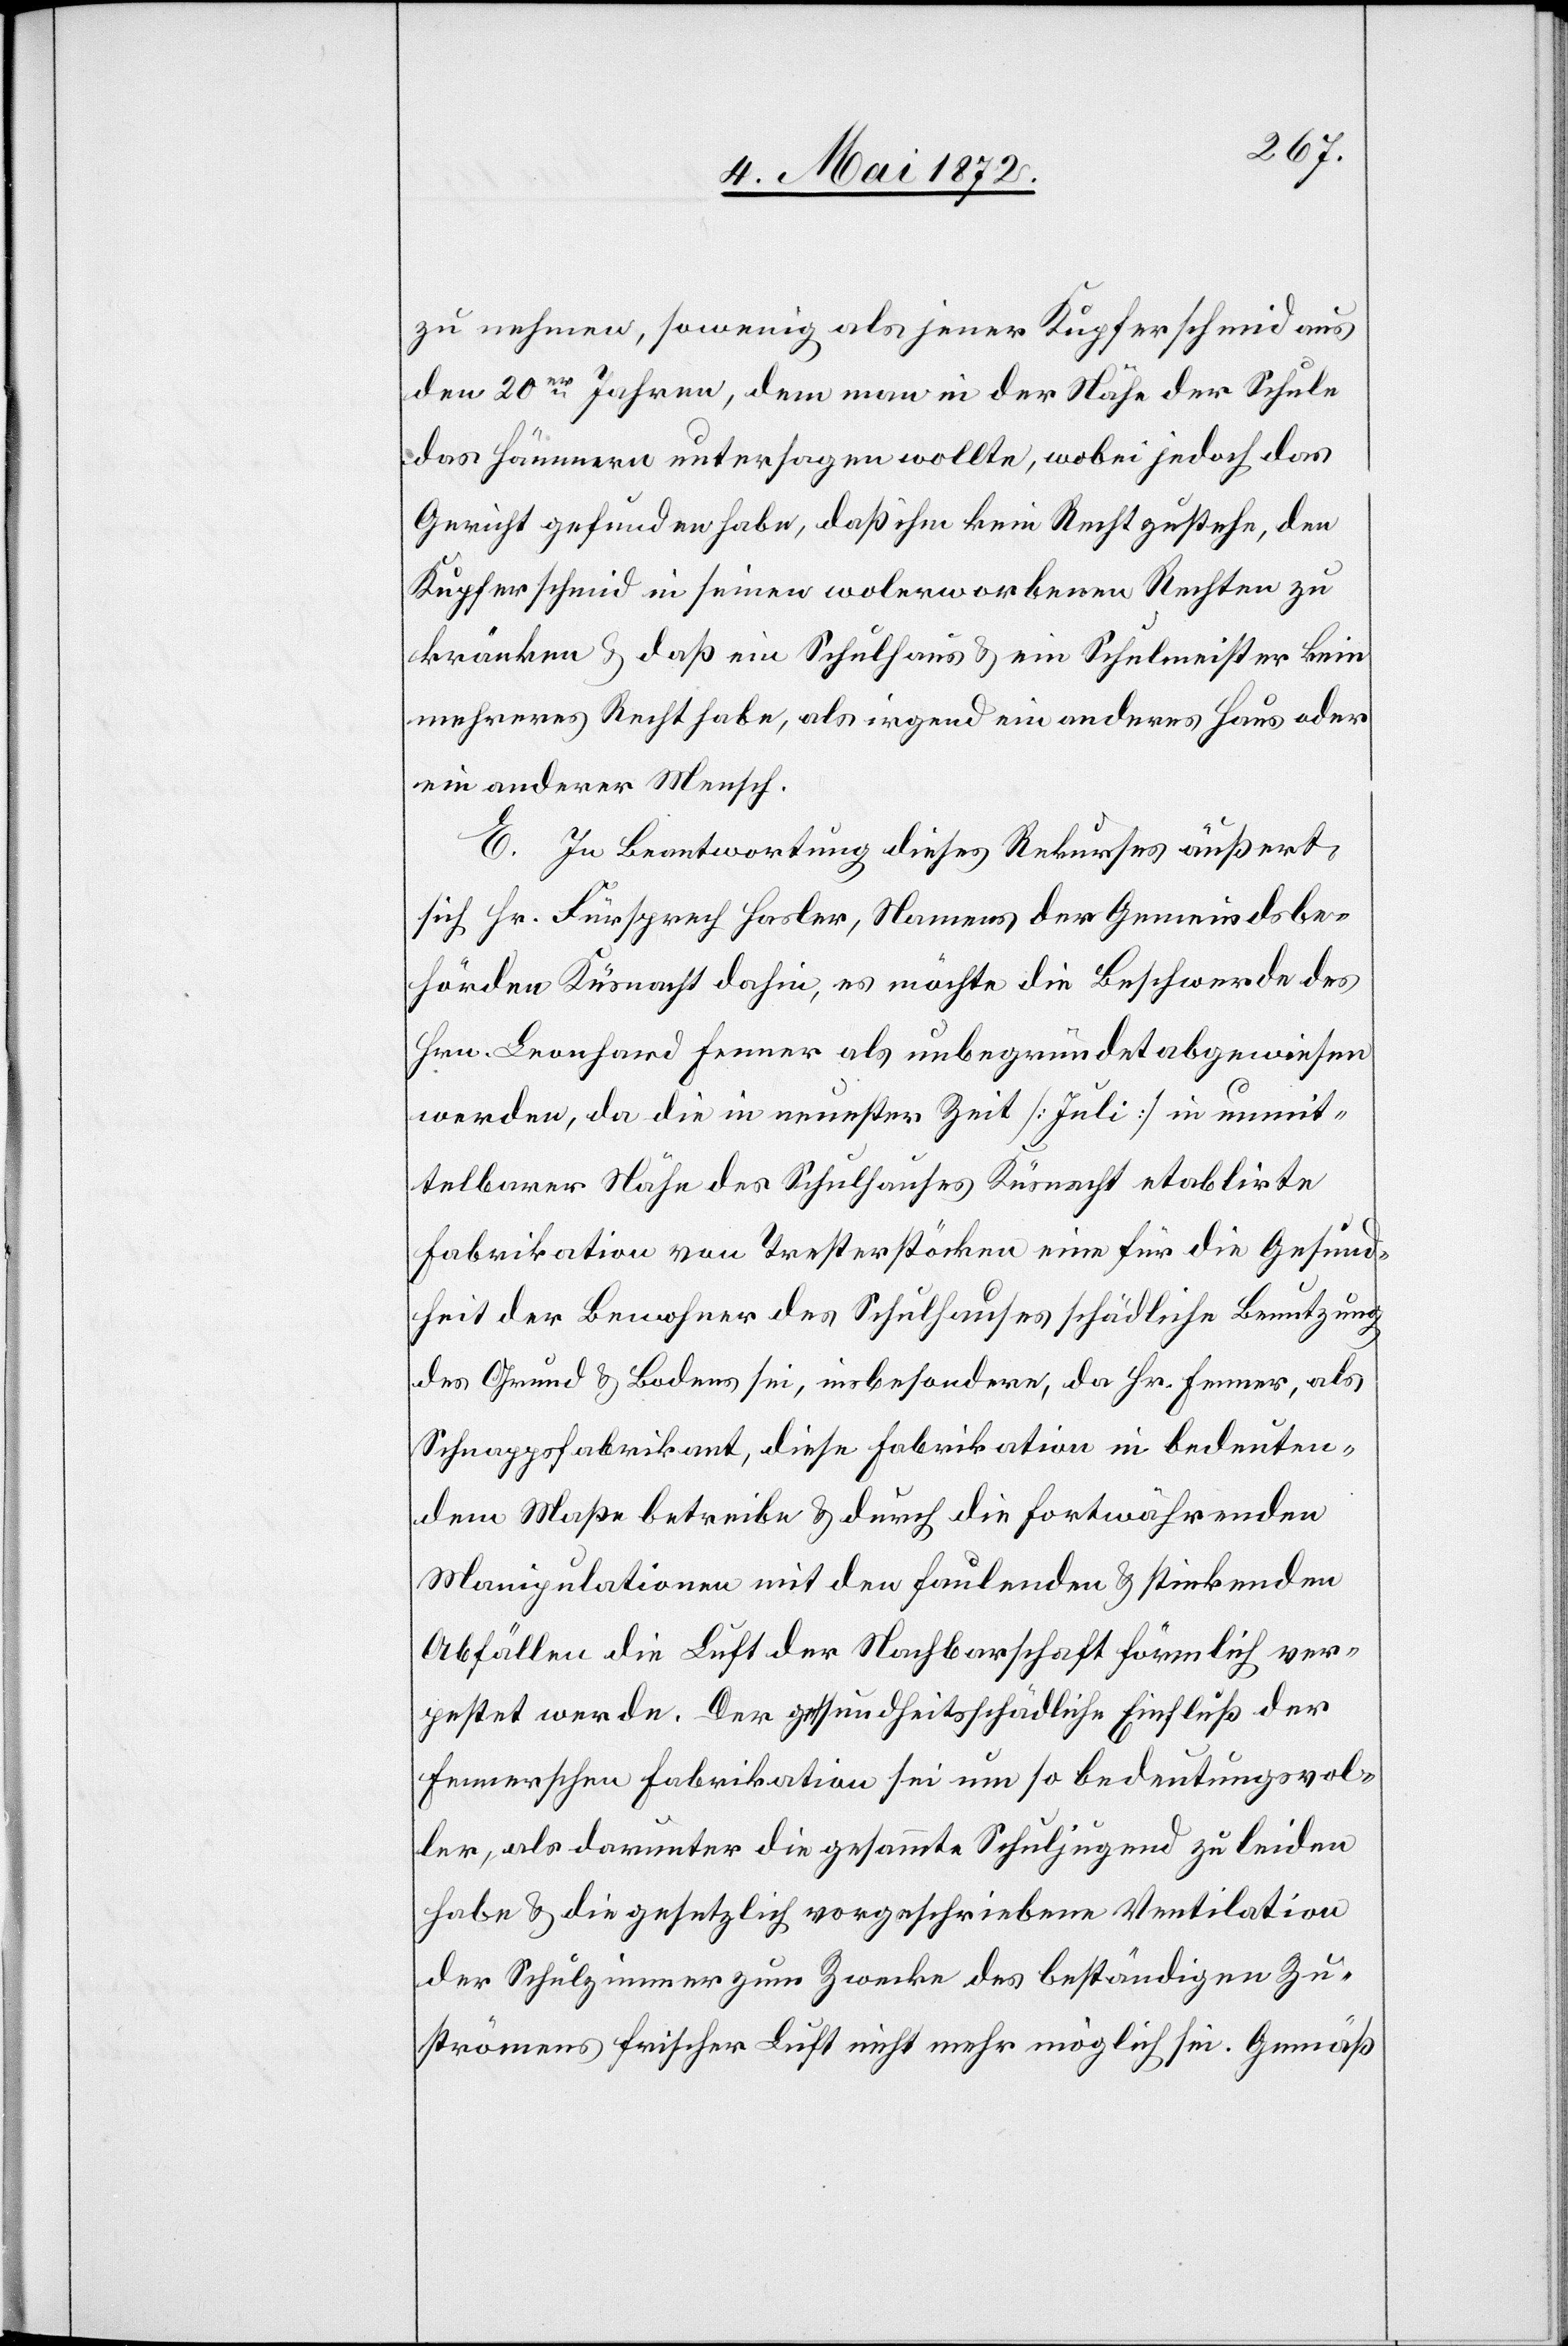
zu nehmen, sowenig als jener Kupferschmid aus
den 20er Jahren, dem man in der Nähe der Schule
das Hämmern untersagen wollte, wobei jedoch das
Gericht gefunden habe, daß ihm kein Recht zustehe, den
Kupferschmid in seinen wolerworbenen Rechten zu
kränken u. daß ein Schulhaus u. ein Schulmeister kein
mehreres Recht habe, als irgend ein anderes Haus oder
ein anderer Mensch.
E. In Beantwortung dieses Rekurses äußert
sich Hr. Fürsprech Hasler, Namens der Gemeindsbe¬
hörden Küsnacht dahin, es möchte die Beschwerde des
Hrn. Leonhard Fenner als unbegründet abgewiesen
werden, da die in neuester Zeit [Juli] in unmit¬
telbarer Nähe des Schulhauses Küsnacht etablirte
Fabrikation von Tresterstöcken eine für die Gesund¬
heit der Bewohner des Schulhauses schädliche Benutzung
des Grund u. Bodens sei, insbesondere, da Hr. Fenner, als
Schnappsfabrikant, diese Fabrikation in bedeuten¬
dem Maße betreibe u. durch die fortwährenden
Manipulationen mit den faulenden u. stinkenden
Abfällen die Luft der Nachbarschaft förmlich ver¬
pestet werde. Der gesundheitsschädliche Einfluß der
Fennerschen Fabrikation sei um so bedeutungsvol¬
ler, als darunter die gesammte Schuljugend zu leiden
habe u. die gesetzlich vorgeschriebene Ventilation
der Schulzimmer zum Zwecke des beständigen Zu¬
strömens frischer Luft nicht mehr möglich sei. Gemäß